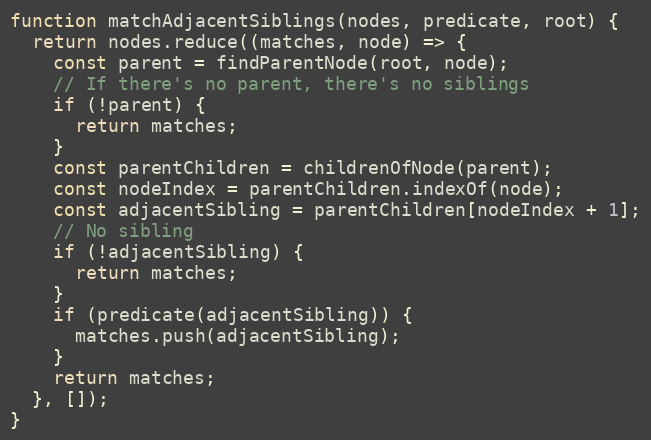
Language: JavaScript
function matchAdjacentSiblings(nodes, predicate, root) {
  return nodes.reduce((matches, node) => {
    const parent = findParentNode(root, node);
    // If there's no parent, there's no siblings
    if (!parent) {
      return matches;
    }
    const parentChildren = childrenOfNode(parent);
    const nodeIndex = parentChildren.indexOf(node);
    const adjacentSibling = parentChildren[nodeIndex + 1];
    // No sibling
    if (!adjacentSibling) {
      return matches;
    }
    if (predicate(adjacentSibling)) {
      matches.push(adjacentSibling);
    }
    return matches;
  }, []);
}